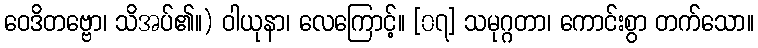
ဝေဒိတဗ္ဗော၊ သိအပ်၏။) ဝါယုနာ၊ လေကြောင့်။ [၀၇] သမုဂ္ဂတာ၊ ကောင်းစွာ တက်သော။